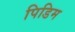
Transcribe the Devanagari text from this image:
पिडिम